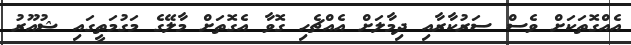
އެއްގޮތަކަށް ވެސް ސަރުކާރާއި ދިމާލަށް އެއްޗެހި ގޮވާ އެގޮތަށް މާލޭގެ މަގުމަތީގައި ޝުއޫރު